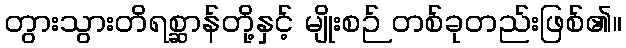
တွားသွားတိရစ္ဆာန်တို့နှင့် မျိုးစဉ် တစ်ခုတည်းဖြစ်၏။